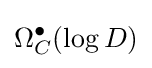
\Omega _{C}^{\bullet }(\log D)